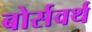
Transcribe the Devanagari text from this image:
बोर्सवर्थ